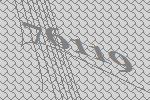
76119